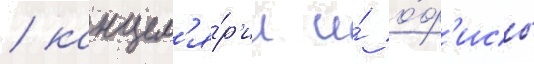
/ канцел'я́р'ии и́ о́ф'исы